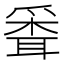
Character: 𦖗